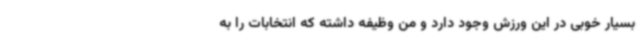
بسیار خوبی در این ورزش وجود دارد و من وظیفه داشته که انتخابات را به